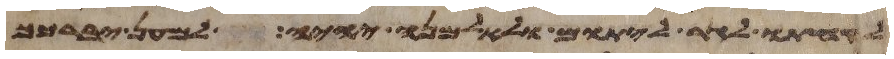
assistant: לקחתו לגר ליתום ולאלמנה יהיה למען יברכך